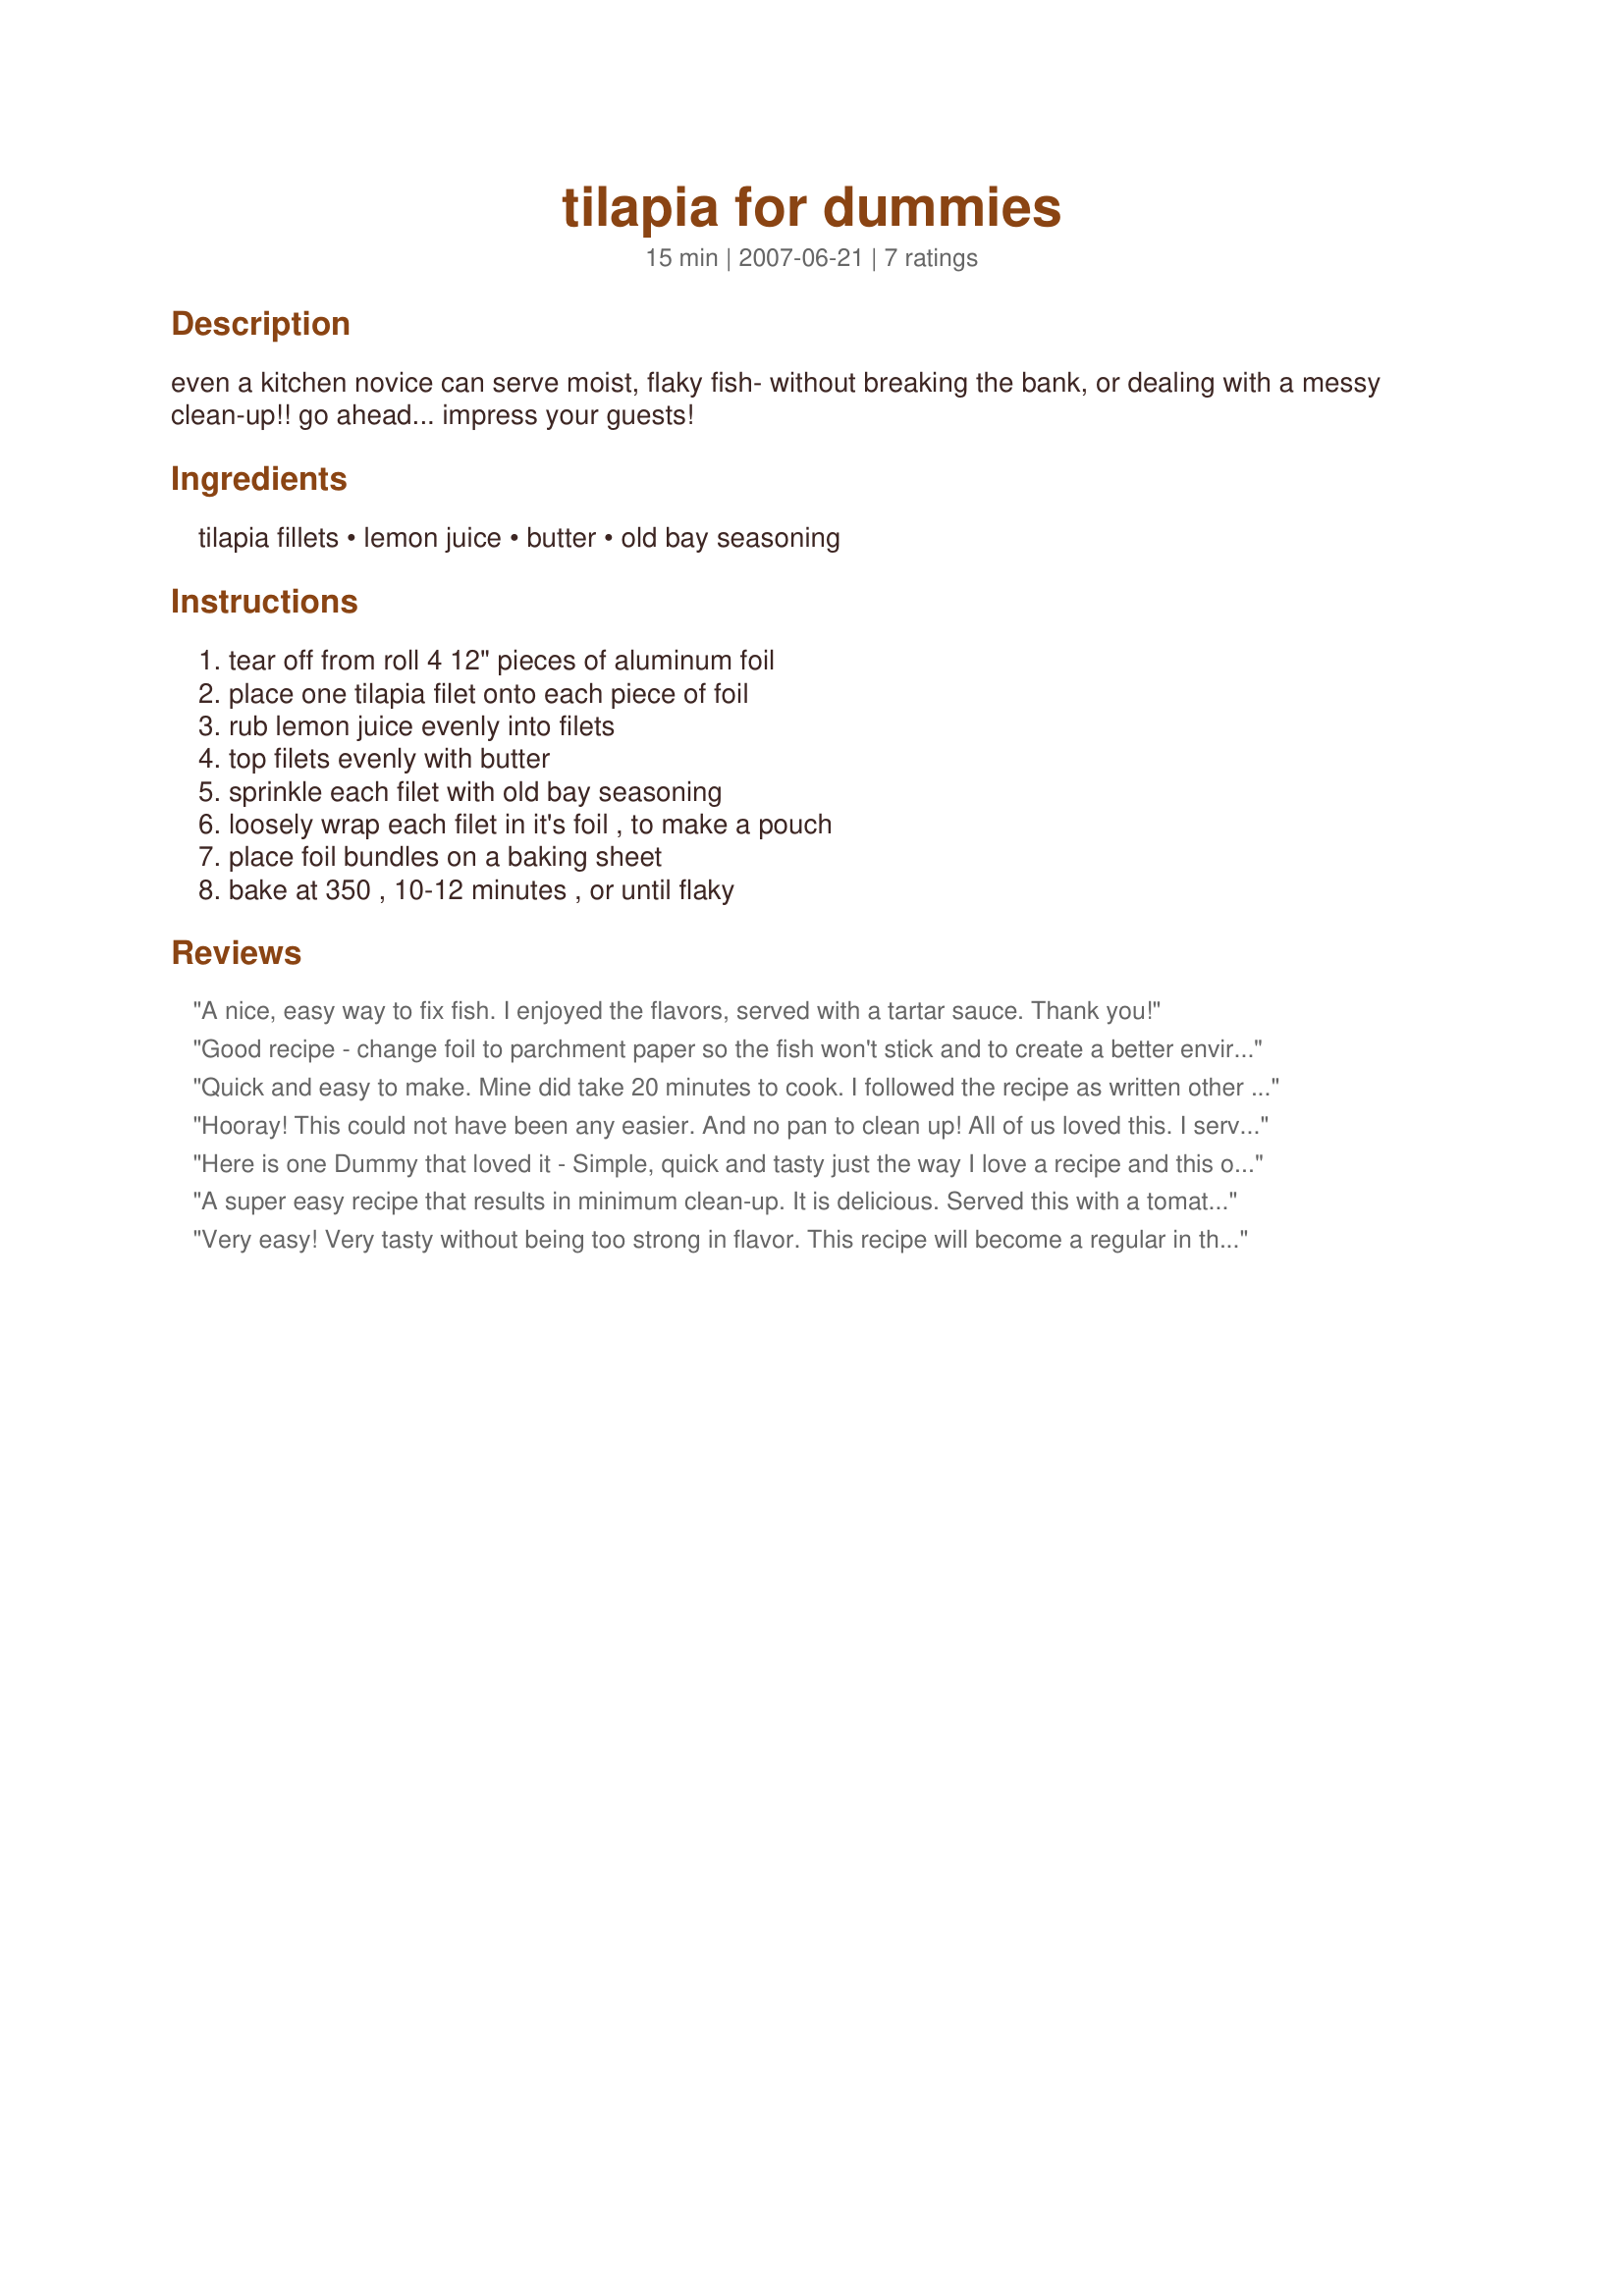
tilapia for dummies
Preparation time: 15 minutes

even a kitchen novice can serve moist, flaky fish- without breaking the bank, or dealing with a messy clean-up!! go ahead... impress your guests!

Ingredients:
tilapia fillets, lemon juice, butter, old bay seasoning

Steps:
tear off from roll 4 12" pieces of aluminum foil, place one tilapia filet onto each piece of foil, rub lemon juice evenly into filets, top filets evenly with butter, sprinkle each filet with old bay seasoning, loosely wrap each filet in it's foil , to make a pouch, place foil bundles on a baking sheet, bake at 350 , 10-12 minutes , or until flaky

Reviews:
A nice, easy way to fix fish. I enjoyed the flavors, served with a tartar sauce. Thank you!
Good recipe - change foil to parchment paper so the fish won't stick and to create a better environment for the fish to cook and steam inside the pouch. Add in the pouch some peppers and some thinly sliced garlic on the fish to add contrast to the lemon.
Quick and easy to make. Mine did take 20 minutes to cook. I followed the recipe as written other then I doubled the recipe for my family. We all enjoyed this.
Hooray! This could not have been any easier. And no pan to clean up! All of us loved this. I served it with sauteed green beans and buttered wine rice. I will make this again. It is just too simple not to! Thanks. :)
Here is one Dummy that loved it - Simple, quick and tasty just the way I love a recipe and this one filled the bill. Served with fresh vegetables from the garden - new potatoes, green & yellow beans mixed and baby carrots - Lovely meal thanks Kizzikate
A super easy recipe that results in minimum clean-up. It is delicious. Served this with a tomato/onion salad and roasted asparagus.
Very easy! Very tasty without being too strong in flavor. This recipe will become a regular in this house. Thanks so much for posting!!
